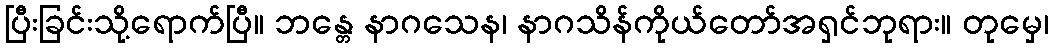
ပြီးခြင်းသို့ရောက်ပြီ။ ဘန္တေ နာဂသေန၊ နာဂသိန်ကိုယ်တော်အရှင်ဘုရား။ တုမှေ၊